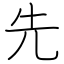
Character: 先